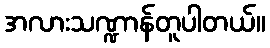
အလားသဏ္ဍာန်တူပါတယ်။